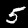
Label: 5